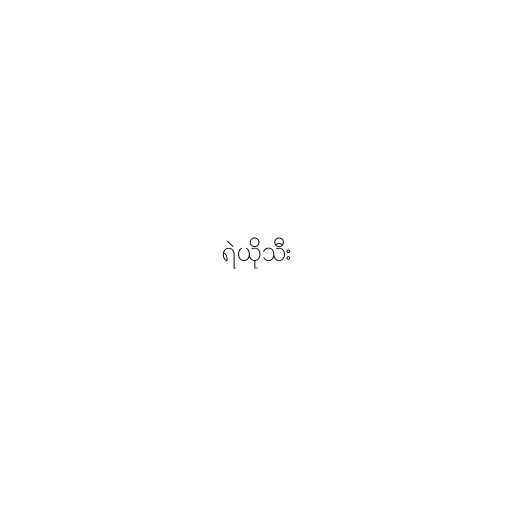
ရဲယိုသီး